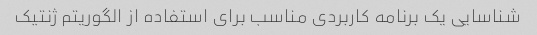
شناسایی یک برنامه کاربردی مناسب برای استفاده از الگوریتم ژنتیک